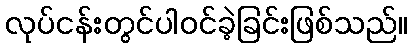
လုပ်ငန်းတွင်ပါဝင်ခဲ့ခြင်းဖြစ်သည်။